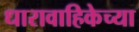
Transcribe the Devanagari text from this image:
धारावाहिकेच्या